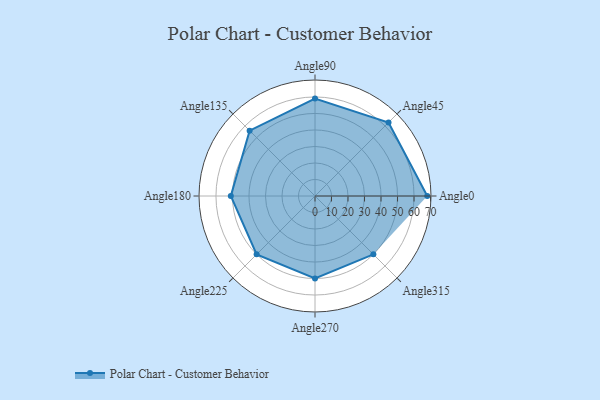
{"axis": {"x": "Angle", "y": "Radius"}, "legend": [""], "data": [{"x": "Angle0", "y": 68.0, "type": ""}, {"x": "Angle45", "y": 63.0, "type": ""}, {"x": "Angle90", "y": 59.0, "type": ""}, {"x": "Angle135", "y": 56.0, "type": ""}, {"x": "Angle180", "y": 51.0, "type": ""}, {"x": "Angle225", "y": 50, "type": ""}, {"x": "Angle270", "y": 50, "type": ""}, {"x": "Angle315", "y": 50, "type": ""}]}